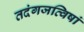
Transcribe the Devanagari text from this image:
तदंगजत्विषां